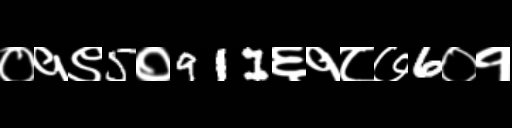
Text: ०१९5०911६१८७6०१